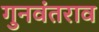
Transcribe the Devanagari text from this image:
गुनवंतराव